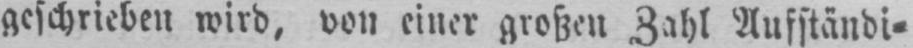
geschrieben wird, von einer großen Zahl Aufständi⸗